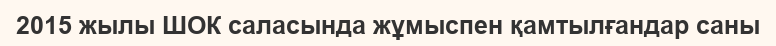
2015 жылы ШОК саласында жұмыспен қамтылғандар саны